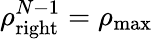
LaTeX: \rho_{\mathrm{right}}^{N-1}=\rho_{\mathrm{max}}